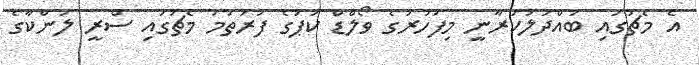
އެ މެޗުގައި ބައްދަލުކުރާނީ މިފަހަރުގެ ވޯލްޑް ކަޕުގެ ފުރަތަމަ މެޗުގައި ސްރީ ލަންކާގެ